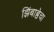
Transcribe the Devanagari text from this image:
झिंबाब्वेचा